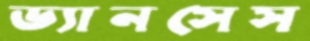
ড্যানসেস